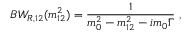
B W _ { R , 1 2 } ( m _ { 1 2 } ^ { 2 } ) = \frac { 1 } { m _ { 0 } ^ { 2 } - m _ { 1 2 } ^ { 2 } - i m _ { 0 } \Gamma } \; ,